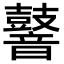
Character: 𪔧